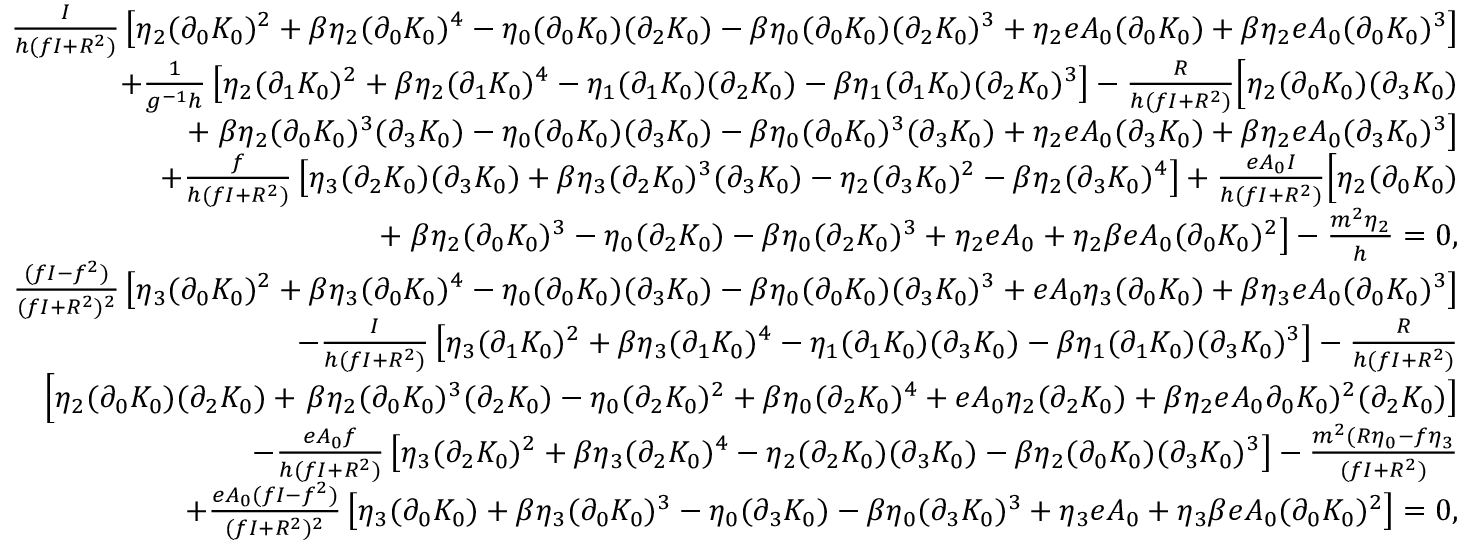
\begin{array} { r l r } & { } & { \frac { I } { h ( f I + R ^ { 2 } ) } \left[ \eta _ { 2 } ( \partial _ { 0 } K _ { 0 } ) ^ { 2 } + \beta \eta _ { 2 } ( \partial _ { 0 } K _ { 0 } ) ^ { 4 } - \eta _ { 0 } ( \partial _ { 0 } K _ { 0 } ) ( \partial _ { 2 } K _ { 0 } ) - \beta \eta _ { 0 } ( \partial _ { 0 } K _ { 0 } ) ( \partial _ { 2 } K _ { 0 } ) ^ { 3 } + \eta _ { 2 } e A _ { 0 } ( \partial _ { 0 } K _ { 0 } ) + \beta \eta _ { 2 } e A _ { 0 } ( \partial _ { 0 } K _ { 0 } ) ^ { 3 } \right] } \\ & { } & { + \frac { 1 } { g ^ { - 1 } h } \left[ \eta _ { 2 } ( \partial _ { 1 } K _ { 0 } ) ^ { 2 } + \beta \eta _ { 2 } ( \partial _ { 1 } K _ { 0 } ) ^ { 4 } - \eta _ { 1 } ( \partial _ { 1 } K _ { 0 } ) ( \partial _ { 2 } K _ { 0 } ) - \beta \eta _ { 1 } ( \partial _ { 1 } K _ { 0 } ) ( \partial _ { 2 } K _ { 0 } ) ^ { 3 } \right] - \frac { R } { h ( f I + R ^ { 2 } ) } \Big [ \eta _ { 2 } ( \partial _ { 0 } K _ { 0 } ) ( \partial _ { 3 } K _ { 0 } ) } \\ & { } & { + \left. \beta \eta _ { 2 } ( \partial _ { 0 } K _ { 0 } ) ^ { 3 } ( \partial _ { 3 } K _ { 0 } ) - \eta _ { 0 } ( \partial _ { 0 } K _ { 0 } ) ( \partial _ { 3 } K _ { 0 } ) - \beta \eta _ { 0 } ( \partial _ { 0 } K _ { 0 } ) ^ { 3 } ( \partial _ { 3 } K _ { 0 } ) + \eta _ { 2 } e A _ { 0 } ( \partial _ { 3 } K _ { 0 } ) + \beta \eta _ { 2 } e A _ { 0 } ( \partial _ { 3 } K _ { 0 } ) ^ { 3 } \right] } \\ & { } & { + \frac { f } { h ( f I + R ^ { 2 } ) } \left[ \eta _ { 3 } ( \partial _ { 2 } K _ { 0 } ) ( \partial _ { 3 } K _ { 0 } ) + \beta \eta _ { 3 } ( \partial _ { 2 } K _ { 0 } ) ^ { 3 } ( \partial _ { 3 } K _ { 0 } ) - \eta _ { 2 } ( \partial _ { 3 } K _ { 0 } ) ^ { 2 } - \beta \eta _ { 2 } ( \partial _ { 3 } K _ { 0 } ) ^ { 4 } \right] + \frac { e A _ { 0 } I } { h ( f I + R ^ { 2 } ) } \Big [ \eta _ { 2 } ( \partial _ { 0 } K _ { 0 } ) } \\ & { } & { + \left. \beta \eta _ { 2 } ( \partial _ { 0 } K _ { 0 } ) ^ { 3 } - \eta _ { 0 } ( \partial _ { 2 } K _ { 0 } ) - \beta \eta _ { 0 } ( \partial _ { 2 } K _ { 0 } ) ^ { 3 } + \eta _ { 2 } e A _ { 0 } + \eta _ { 2 } \beta e A _ { 0 } ( \partial _ { 0 } K _ { 0 } ) ^ { 2 } \right] - \frac { m ^ { 2 } \eta _ { 2 } } { h } = 0 , } \\ & { } & { \frac { ( f I - f ^ { 2 } ) } { ( f I + R ^ { 2 } ) ^ { 2 } } \left[ \eta _ { 3 } ( \partial _ { 0 } K _ { 0 } ) ^ { 2 } + \beta \eta _ { 3 } ( \partial _ { 0 } K _ { 0 } ) ^ { 4 } - \eta _ { 0 } ( \partial _ { 0 } K _ { 0 } ) ( \partial _ { 3 } K _ { 0 } ) - \beta \eta _ { 0 } ( \partial _ { 0 } K _ { 0 } ) ( \partial _ { 3 } K _ { 0 } ) ^ { 3 } + { e A _ { 0 } \eta _ { 3 } } ( \partial _ { 0 } K _ { 0 } ) + \beta \eta _ { 3 } e A _ { 0 } ( \partial _ { 0 } K _ { 0 } ) ^ { 3 } \right] } \\ & { } & { - \frac { I } { h ( f I + R ^ { 2 } ) } \left[ \eta _ { 3 } ( \partial _ { 1 } K _ { 0 } ) ^ { 2 } + \beta \eta _ { 3 } ( \partial _ { 1 } K _ { 0 } ) ^ { 4 } - \eta _ { 1 } ( \partial _ { 1 } K _ { 0 } ) ( \partial _ { 3 } K _ { 0 } ) - \beta \eta _ { 1 } ( \partial _ { 1 } K _ { 0 } ) ( \partial _ { 3 } K _ { 0 } ) ^ { 3 } \right] - \frac { R } { h ( f I + R ^ { 2 } ) } } \\ & { } & { \Big [ \eta _ { 2 } ( \partial _ { 0 } K _ { 0 } ) ( \partial _ { 2 } K _ { 0 } ) + \left. \beta \eta _ { 2 } ( \partial _ { 0 } K _ { 0 } ) ^ { 3 } ( \partial _ { 2 } K _ { 0 } ) - \eta _ { 0 } ( \partial _ { 2 } K _ { 0 } ) ^ { 2 } + \beta \eta _ { 0 } ( \partial _ { 2 } K _ { 0 } ) ^ { 4 } + { e A _ { 0 } \eta _ { 2 } } ( \partial _ { 2 } K _ { 0 } ) + \beta \eta _ { 2 } e A _ { 0 } \partial _ { 0 } K _ { 0 } ) ^ { 2 } ( \partial _ { 2 } K _ { 0 } ) \right] } \\ & { } & { - \frac { e A _ { 0 } f } { h ( f I + R ^ { 2 } ) } \left[ \eta _ { 3 } ( \partial _ { 2 } K _ { 0 } ) ^ { 2 } + \beta \eta _ { 3 } ( \partial _ { 2 } K _ { 0 } ) ^ { 4 } - \eta _ { 2 } ( \partial _ { 2 } K _ { 0 } ) ( \partial _ { 3 } K _ { 0 } ) - \beta \eta _ { 2 } ( \partial _ { 0 } K _ { 0 } ) ( \partial _ { 3 } K _ { 0 } ) ^ { 3 } \right] - \frac { m ^ { 2 } ( R \eta _ { 0 } - f \eta _ { 3 } } { ( f I + R ^ { 2 } ) } } \\ & { } & { + \frac { e A _ { 0 } ( f I - f ^ { 2 } ) } { ( f I + R ^ { 2 } ) ^ { 2 } } \left[ \eta _ { 3 } ( \partial _ { 0 } K _ { 0 } ) + \beta \eta _ { 3 } ( \partial _ { 0 } K _ { 0 } ) ^ { 3 } - \eta _ { 0 } ( \partial _ { 3 } K _ { 0 } ) - \beta \eta _ { 0 } ( \partial _ { 3 } K _ { 0 } ) ^ { 3 } + \eta _ { 3 } e A _ { 0 } + \eta _ { 3 } \beta e A _ { 0 } ( \partial _ { 0 } K _ { 0 } ) ^ { 2 } \right] = 0 , } \end{array}